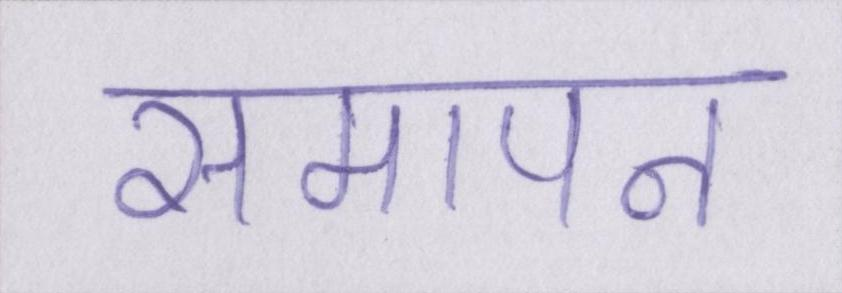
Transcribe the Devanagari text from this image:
समापन